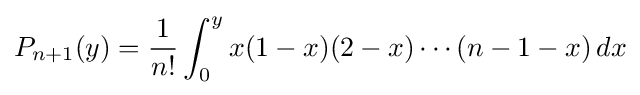
P_{n+1}(y)={\frac {1}{n!}}\int _{0}^{y}x(1-x)(2-x)\cdots (n-1-x)\,dx